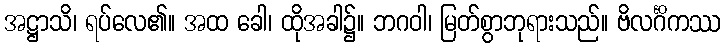
အဋ္ဌာသိ၊ ရပ်လေ၏။ အထ ခေါ၊ ထိုအခါ၌။ ဘဂဝါ၊ မြတ်စွာဘုရားသည်။ ဗိလင်္ဂိကဿ